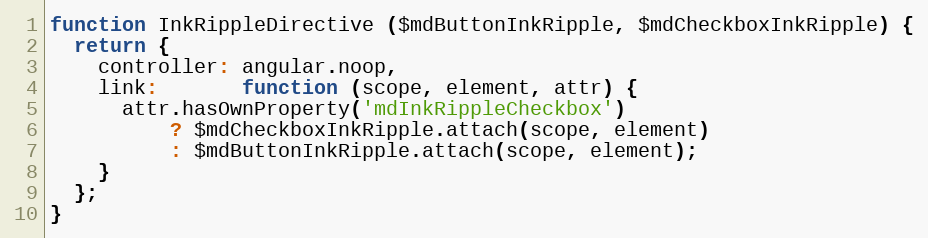
Language: JavaScript
function InkRippleDirective ($mdButtonInkRipple, $mdCheckboxInkRipple) {
  return {
    controller: angular.noop,
    link:       function (scope, element, attr) {
      attr.hasOwnProperty('mdInkRippleCheckbox')
          ? $mdCheckboxInkRipple.attach(scope, element)
          : $mdButtonInkRipple.attach(scope, element);
    }
  };
}